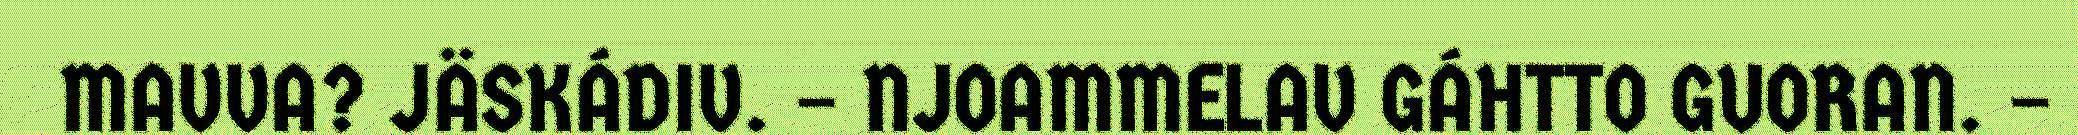
MAVVA? JÄSKÁDIV. – NJOAMMELAV GÁHTTO GUORAN. –